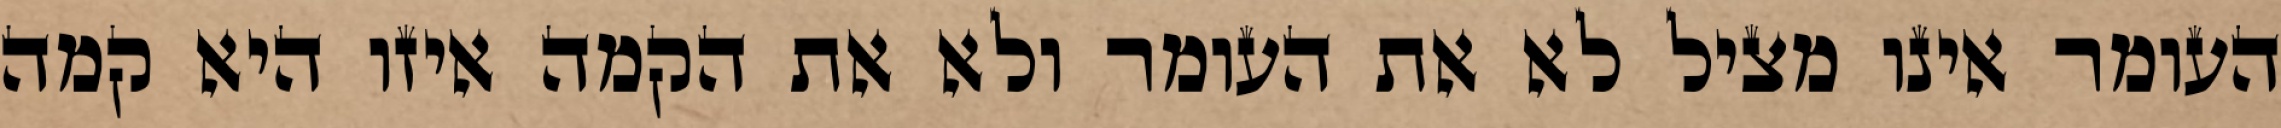
העומר אינו מציל לא את העומר ולא את הקמה איזו היא קמה